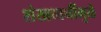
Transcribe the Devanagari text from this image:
शंखध्वनींमुळे